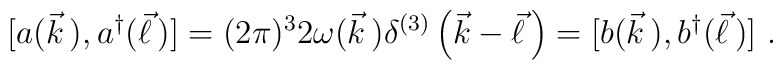
[a(\vec{k}\,),a^\dagger(\vec{\ell}\,)]=(2\pi)^32\omega(\vec{k}\,)\delta^{(3)}\left(\vec{k}-\vec{\ell}\,\right)=[b(\vec{k}\,),b^\dagger(\vec{\ell}\,)]\ .